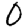
Digit: 0